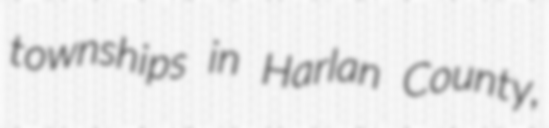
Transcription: townships in Harlan County,